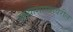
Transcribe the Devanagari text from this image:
संख्याशास्त्रावरील